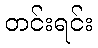
တင်းရင်း